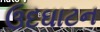
ઉદઘાટન